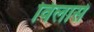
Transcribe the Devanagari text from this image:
विलासे